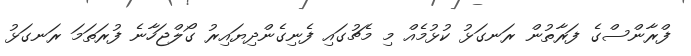
ފްރާންސްގެ ފަރާތުން ރަނގަޅު ކުޅުމެއް މި މެޗުގައި ފެނިގެންދިޔައިރު ގޯލްޖަހާނެ ފުރަތަމަ ރަނގަޅު